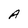
Character: A